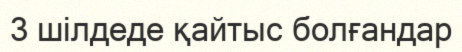
3 шілдеде қайтыс болғандар